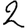
Digit: 2